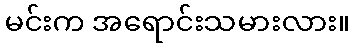
မင်းက အရောင်းသမားလား။